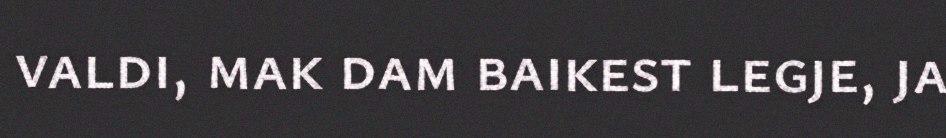
valdi, mak dam baikest legje, ja